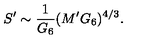
S ^ { \prime } \sim { \frac { 1 } { G _ { 6 } } } ( M ^ { \prime } G _ { 6 } ) ^ { 4 / 3 } .